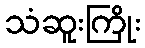
သံဆူးကြိုး